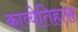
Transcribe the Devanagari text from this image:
काव्येतिहास